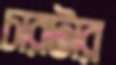
চারটার